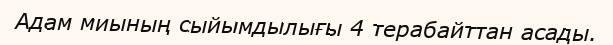
Адам миының сыйымдылығы 4 терабайттан асады.